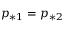
p _ { * 1 } = p _ { * 2 }